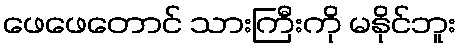
ဖေဖေတောင် သားကြီးကို မနိုင်ဘူး